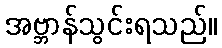
အဗ္ဘာန်သွင်းရသည်။